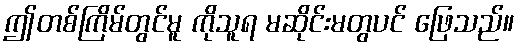
ဤတစ်ကြိမ်တွင်မူ ကိုသူရ မဆိုင်းမတွပင် ဖြေသည်။